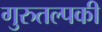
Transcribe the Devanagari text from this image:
गुरुतल्पकी